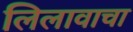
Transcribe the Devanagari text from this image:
लिलावाचा